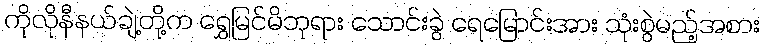
ကိုလိုနီနယ်ချဲ့တို့က ရွှေမြင်မိဘုရား သောင်းခွဲ ရေမြောင်းအား သုံးစွဲမည့်အစား